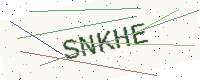
Text: SNKHE